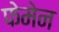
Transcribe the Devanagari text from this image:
फेमेन